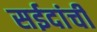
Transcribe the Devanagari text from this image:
सईदांची